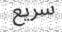
سریع